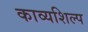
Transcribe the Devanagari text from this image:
काव्यशिल्प